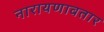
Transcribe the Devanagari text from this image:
नारायणावतार